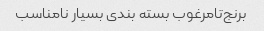
برنج‌تامرغوب بسته بندی بسیار نامناسب